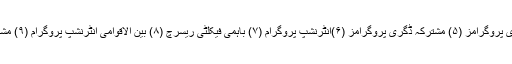
(۱) مشترکہ ٹیچنگ (۲) یونیورسٹیز کنسورشیم (۳) فیکلٹی کا تبادلہ (۴) بیرون ملک سٹڈی پروگرامز (۵) مشترکہ ڈگری پروگرامز (۶)انٹرنشپ پروگرام (۷) باہمی فیکلٹی ریسرچ (۸) بین الاقوامی انٹرنشپ پروگرام (۹) مشترکہ تحقیقی پروگرام (۰۱) سینڈوچ پروگرام (۱۱) وسائل کا اشتراک (۲۱) طلبہ کا تبادلہ۔